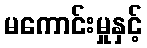
မကောင်းမှုနှင့်